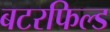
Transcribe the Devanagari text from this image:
बटरफिल्ड